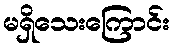
မရှိသေးကြောင်း